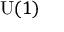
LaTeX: \mathrm { U } ( 1 )